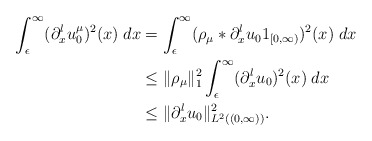
\begin{align*}\int_\epsilon^\infty (\partial_x^lu_0^\mu)^2(x) \; dx&= \int_\epsilon^\infty (\rho_\mu\ast\partial_x^lu_01_{[0,\infty)})^2(x) \; dx \\&\leq \|\rho_\mu\|_1^2 \int_\epsilon^\infty (\partial_x^lu_0)^2(x) \; dx \\&\leq \|\partial_x^lu_0\|_{L^2((0,\infty))}^2.\end{align*}